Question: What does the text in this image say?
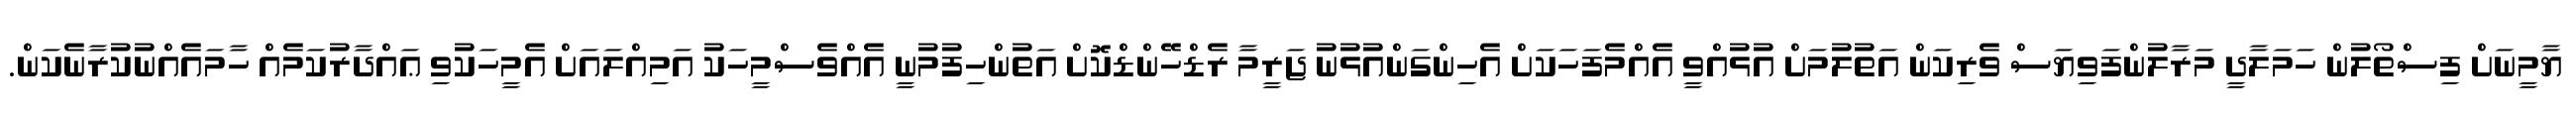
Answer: ޔާމީނަށް ފިސްތޯލުން ހަމަލާދީ މަރާލުންފަވިޔަސް ވެރިކަން އަތުލުމަށް އުޅުއްވީ އެއްމެފަހަކަށް އެހިންގަންއުޅުނު ޖަރީމާ ރެޑްހޭންޑްކޮށް އަތުންހިފުމުނީ އެއްވެސްމީހަކު އަމިއްލައަށް އެމީހަކުވި ޢައްދާރުކަމެއް ހާމައެއްނުކުރާނެކަން.